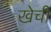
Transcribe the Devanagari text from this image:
खेची